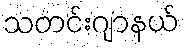
သတင်းဂျာနယ်